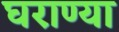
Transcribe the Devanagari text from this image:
घराण्या